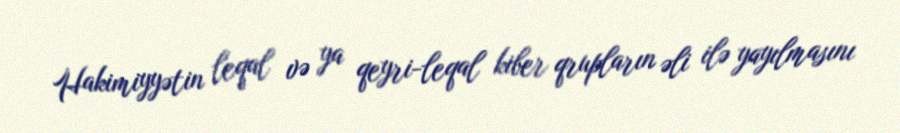
Hakimiyyətin leqal və ya qeyri-leqal kiber qrupların əli ilə yayılmasını